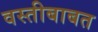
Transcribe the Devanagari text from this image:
वस्तीबाबत